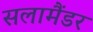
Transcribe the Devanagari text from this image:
सलामैंडर